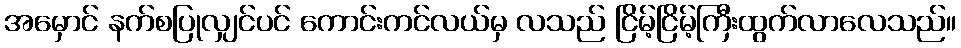
အမှောင် နက်စပြုလျှင်ပင် ကောင်းကင်လယ်မှ လသည် ငြိမ့်ငြိမ့်ကြီးထွက်လာလေသည်။